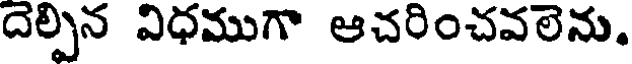
దెల్పిన విధముగా ఆచరించవలెను.